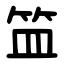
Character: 笽